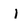
Character: i